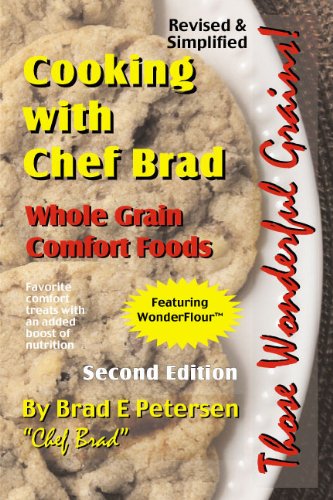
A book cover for Cooking with Chef Brad: Whole Grain Comfort Foods; Brad E. Petersen; Cookbooks, Food & Wine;